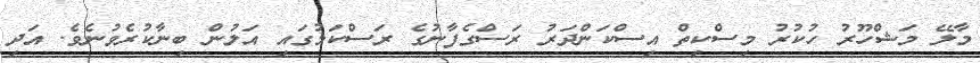
މާލޭ މަޝްހޫރު ހުކުރު މިސްކިތް އިސްކަންދަރު ރަސްގެފާނުގެ ރަސްކަމުގައި އަލުން ބިނާކުރެވުނެވެ. އަދި